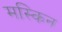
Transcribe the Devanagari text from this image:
मस्किन